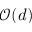
\mathcal O ( d )